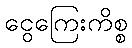
ငွေကြေးကိစ္စ